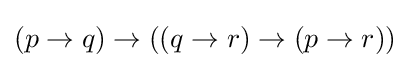
(p\to q)\to ((q\to r)\to (p\to r))